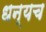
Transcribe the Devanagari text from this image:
धन्यच